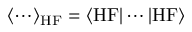
\langle \cdots \rangle _ { \mathrm { H F } } = \langle \mathrm { H F } | \cdots | \mathrm { H F } \rangle